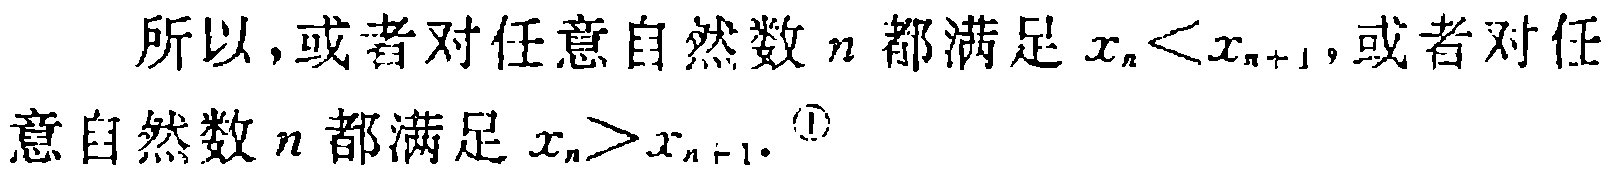
所以,或者对任意自然数\(n\)都满足\(x_{n}<x_{n + 1}\),或者对任意自然数\(n\)都满足\(x_{n}>x_{n + 1}\).\(^{\textcircled{1}}\)